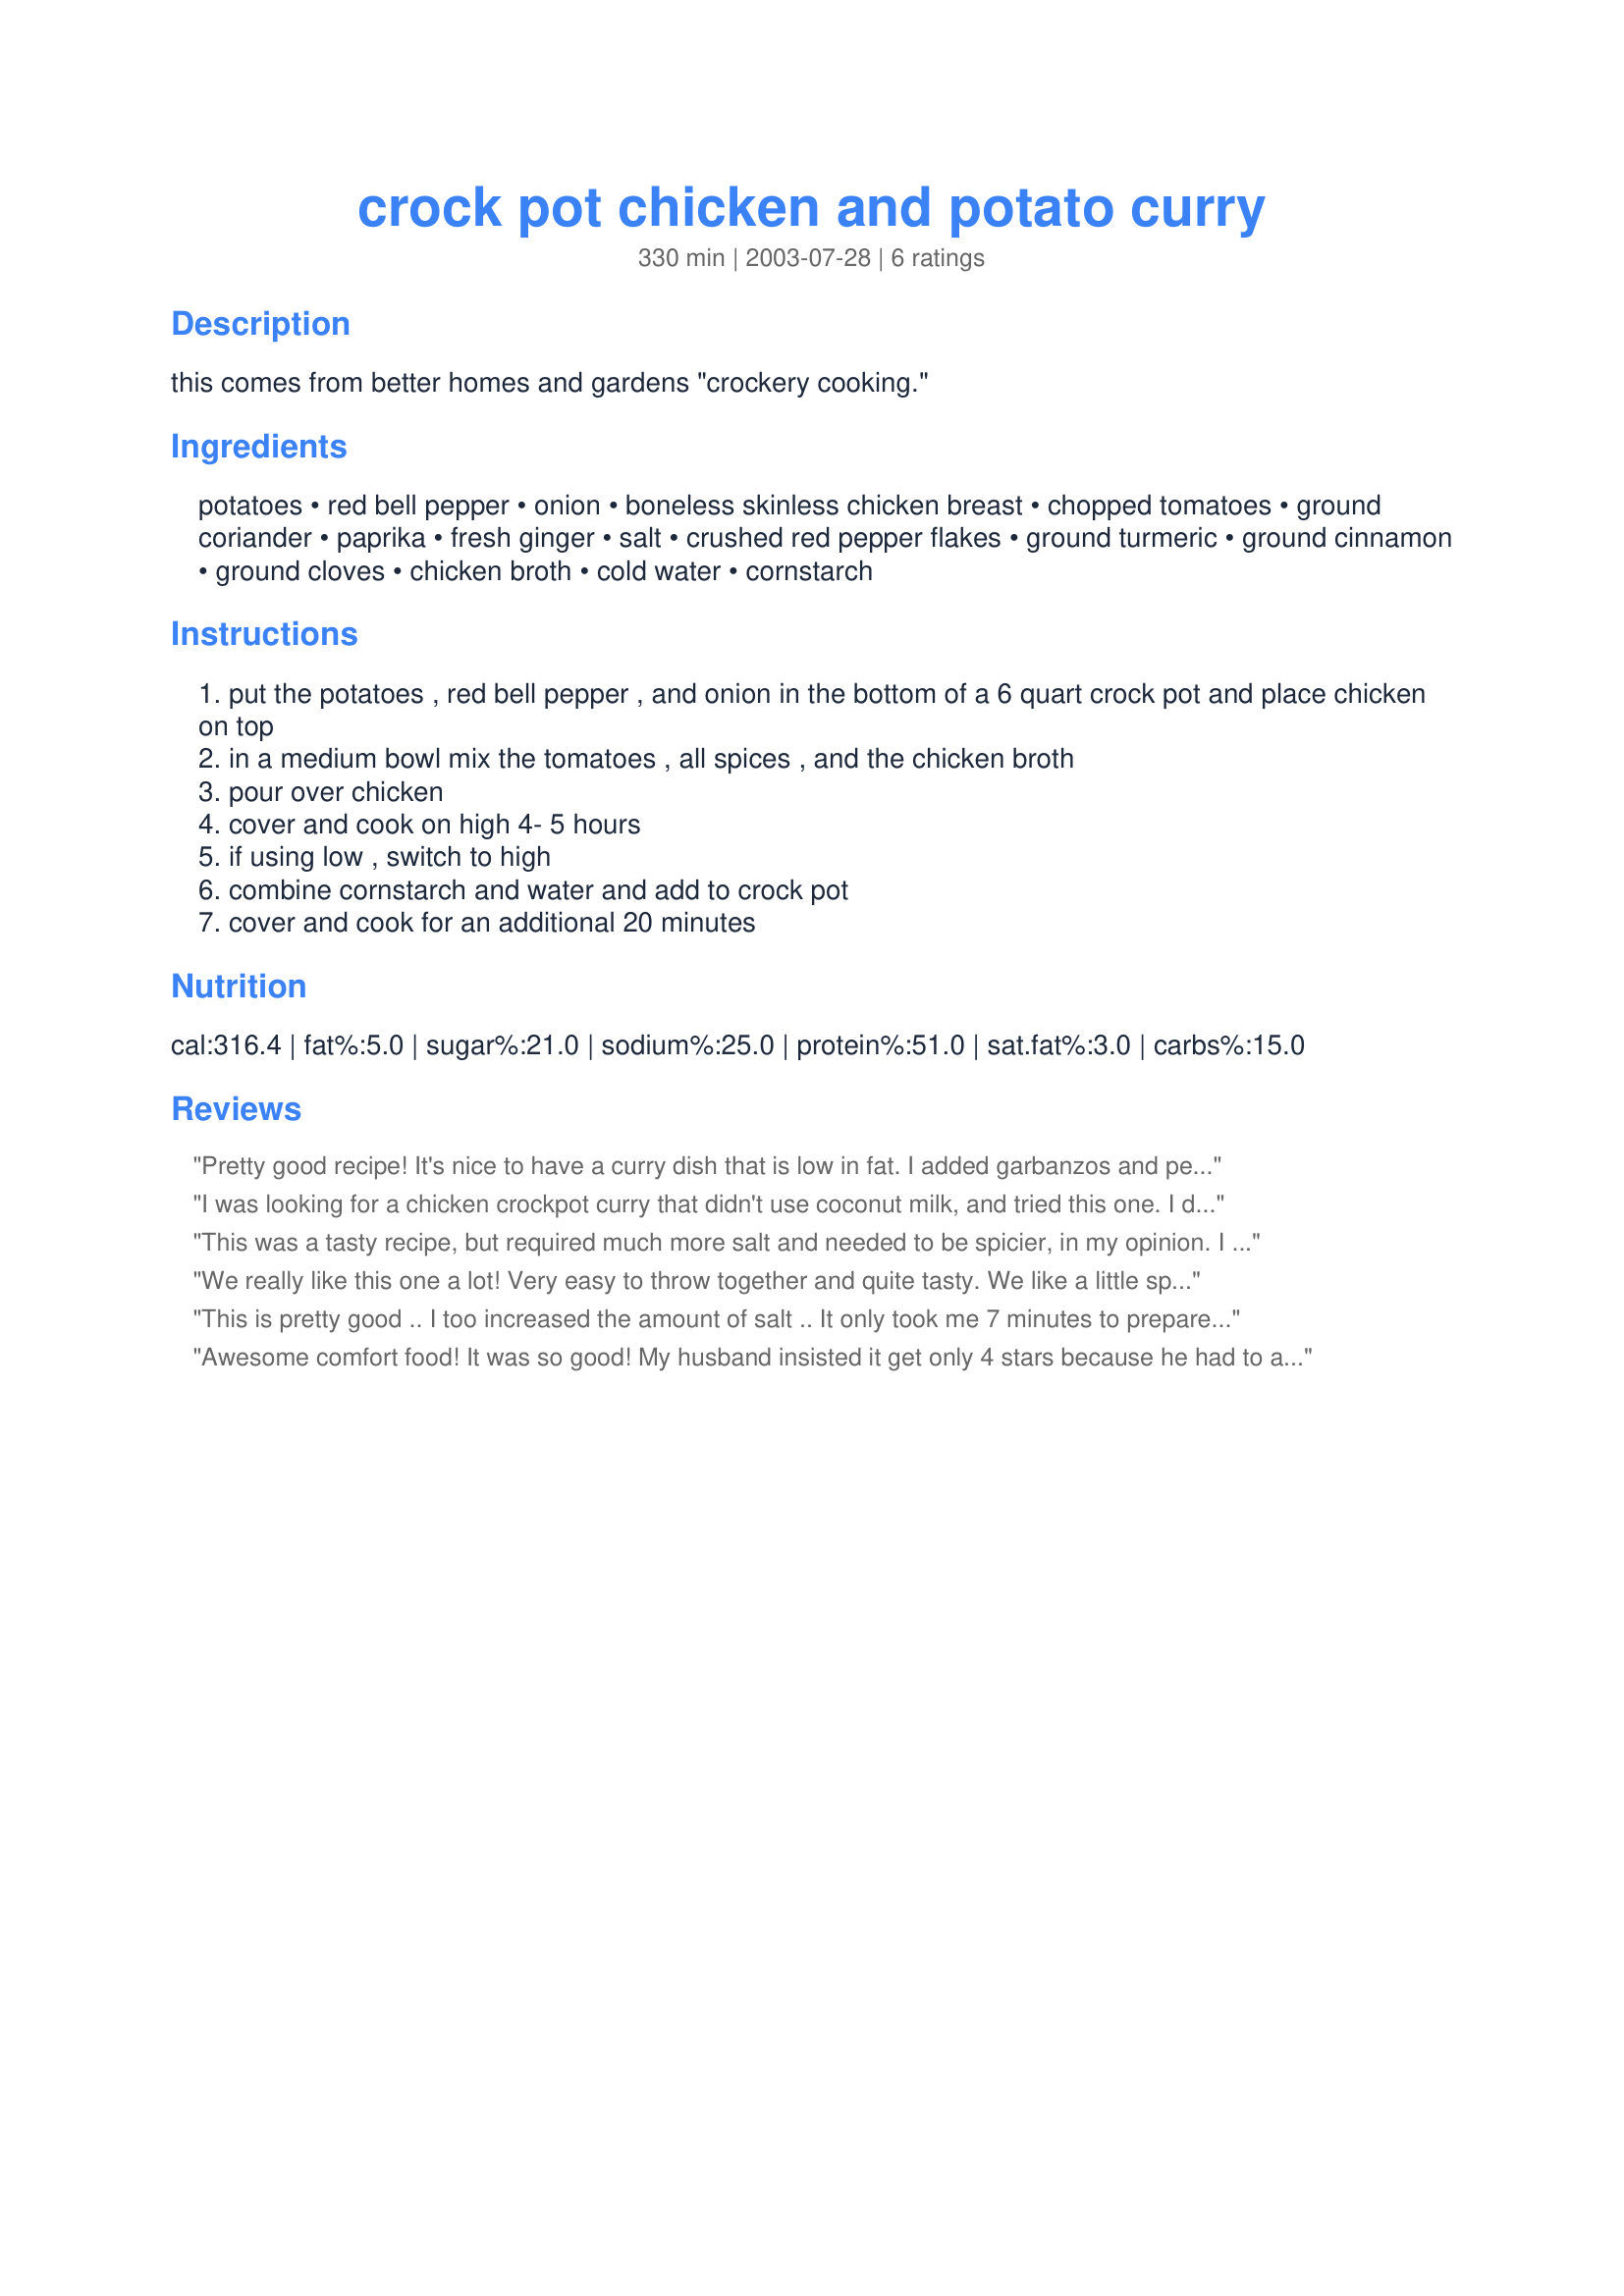
crock pot chicken and potato curry
Preparation time: 330 minutes

this comes from better homes and gardens "crockery cooking."

Ingredients:
potatoes, red bell pepper, onion, boneless skinless chicken breast, chopped tomatoes, ground coriander, paprika, fresh ginger, salt, crushed red pepper flakes, ground turmeric, ground cinnamon, ground cloves, chicken broth, cold water, cornstarch

Steps:
put the potatoes , red bell pepper , and onion in the bottom of a 6 quart crock pot and place chicken on top
in a medium bowl mix the tomatoes , all spices , and the chicken broth
pour over chicken
cover and cook on high 4- 5 hours
if using low , switch to high
combine cornstarch and water and add to crock pot
cover and cook for an additional 20 minutes

Reviews:
Pretty good recipe! It's nice to have a curry dish that is low in fat. I added garbanzos and peas. I served it over rice, and over fettuccine the next day. Yum!
I was looking for a chicken crockpot curry that didn't use coconut milk, and tried this one. I did make it as more of a stew! Modified it in the following way: used frozen bell pepper strips for the pepper; chunked purple potato for the potato; used chicken legs (removed the skin) for the chicken; used canned diced tomato; added some sliced carrot and sliced garlic. Increased the salt (used about 2tsp) per previous reviews, Omitted the cornstarch. Stirred a dollop of sour cream into each bowl (thanks for that suggestion!). The meat just fell off the bones by the end of cooking, and the taste of the whole thing was unremarkable but very good - savory with just a little bit of bite to it. Overall, VERY easy and satisfying, and flexible. I'm going to make this again! I'd say this is a 4.5 if you take into account easy preparation - throw it all together in 10 minutes, then just wait. Thanks for posting it.
This was a tasty recipe, but required much more salt and needed to be spicier, in my opinion. I ended up using nearly 1 1/2 tsp of salt, and still salted it more at the table, but I like things salty. The most difficult part of the recipe was all the chopping involved, which wasn't all that hard. I didn't have some of the spices that were called for, so I substituted cumin for turmeric and left out the cloves entirely. My boyfriend was a little wary of it, since I said it was a curry but that I didn't use curry powder. However, he was very happy with the taste and proclaimed the curry taste "authentic". We served this with light sour cream -- yum! Be careful not to overstir or overcook, otherwise the potatoes turn to goo and the chicken begins to shred. Then it becomes a stew!
We really like this one a lot! Very easy to throw together and quite tasty. We like a little spicier, so just increase the spices - and I add cumin, as well. Depending on what I have, I also add peas (frozen) - about a cup - or a can of garbanzo beans/chick peas, w/ the tomatoes. Hearty and healthy - and quite tasty!
This is pretty good .. I too increased the amount of salt .. It only took me 7 minutes to prepare the whole thing .. thanks
Awesome comfort food! It was so good! My husband insisted it get only 4 stars because he had to add hotsauce. It was a little bland, but the better for the kids to eat! And there were NO leftovers!
